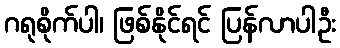
ဂရုစိုက်ပါ၊ ဖြစ်နိုင်ရင် ပြန်လာပါဦး